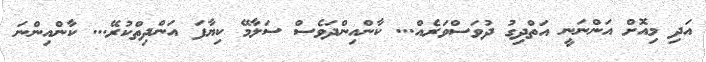
އަދި މިއޮށް އަންނަނީ އަތްދިގު ދުވަސްވަރެއް... ކާންއިންދަވެސް ސަލާމޭ ކިޔާފަ އަންދިތްކުރޭ... ކާންއިންނަ